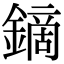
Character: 鏑